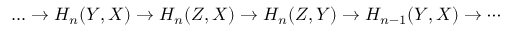
\begin{array} { r } { \dots \to H _ { n } ( Y , X ) \to H _ { n } ( Z , X ) \to H _ { n } ( Z , Y ) \to H _ { n - 1 } ( Y , X ) \to \cdots } \end{array}